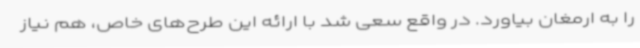
را به ارمغان بیاورد. در واقع سعی شد با ارائه این طرح‌های خاص، هم نیاز